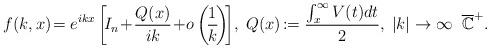
LaTeX: \begin{align*}\!\!\!f(k,x)\!=e^{ikx}\left[\!I_n\!+\!\frac{Q(x)}{ik}\!+\!o\left(\!\frac{1}{k}\!\right)\!\right]\!,\; Q(x)\!:=\frac{\int_x^\infty V(t)dt}{2},\; |k|\to\infty\; \;\overline{\mathbb{C}}^+.\end{align*}